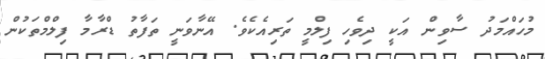
މުހައްމަދު ސާވިން އަކީ ދިވެހި ފިލްމީ ތަރިއެކެވެ. އޭނާވަނީ ތަފާތު ޑްރާމާ ފިލްމްތަކުން